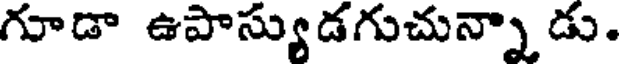
గూడా ఉపాస్యుడగుచున్నా డు.